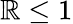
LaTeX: \mathbb{R}\leq1